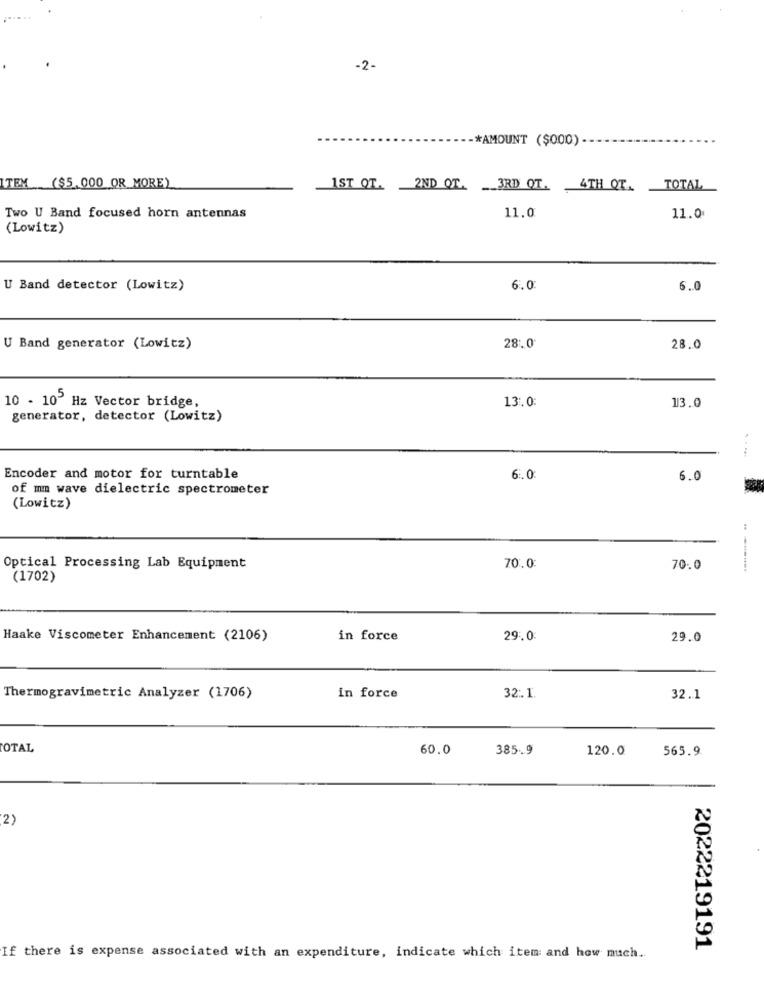
-2-
-* AMOUNT ($000)
ITEM ($5,000 OR MORE)
1ST QT. 2ND QT. _ 3RD QT. 4TH QT. TOTAL
Two U Band focused horn antennas
11.0
11.0
(Lowitz)
U Band detector (Lowitz)
6.0
6.0
U Band generator (Lowitz)
28.0
28.0
13.0:
13.0
10 - 10 Hz Vector bridge,
generator, detector (Lowitz)
Encoder and motor for turntable
6.0
6.0
of mm wave dielectric spectrometer
(Lowitz)
Optical Processing Lab Equipment
70.0:
70.0
(1702)
Haake Viscometer Enhancement (2106)
in force
29.0:
29.0
Thermogravimetric Analyzer (1706)
in force
32.1
32.1
TOTAL
60.0
385.9
120.0
565.9
2)
2022219191
If there is expense associated with an expenditure, indicate which item: and how much ..